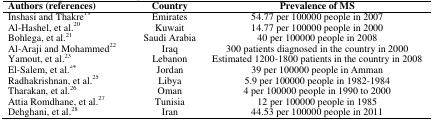
<table><thead><tr><td><b>Authors(references)</b></td><td><b>Country</b></td><td><b>Prevalence of MS</b></td></tr></thead><tbody><tr><td>Inshasi and Thakre<sup>19</sup></td><td>Emirates</td><td>54.77 per 100000 people in 2007</td></tr><tr><td>Al-Hashel, et al.<sup>20</sup></td><td>Kuwait</td><td>14.77 per 100000 people in 2000</td></tr><tr><td>Bohlega, et al.<sup>21</sup></td><td>Saudi Arabia</td><td>40 per 100000 people in 2008</td></tr><tr><td>Al-Araji and Mohammed<sup>22</sup></td><td>Iraq</td><td>300 patients diagnosed in the country in 2000</td></tr><tr><td>Yamout, et al.<sup>23</sup></td><td>Lebanon</td><td>Estimated 1200-1800 patients in the country in 2008</td></tr><tr><td>El-Salem, et al.<sup>24</sup></td><td>Jordan</td><td>39 per 100000 people in Amman</td></tr><tr><td>Radhakrishnan, et al.<sup>25</sup></td><td>Libya</td><td>5.9 per 100000 people in 1982-1984</td></tr><tr><td>Tharakan, et al.<sup>26</sup></td><td>Oman</td><td>4 per 100000 people in 1990 to 2000</td></tr><tr><td>Attia Romdhane, et al.<sup>27</sup></td><td>Tunisia</td><td>12 per 100000 people in 1985</td></tr><tr><td>Dehghani, et al.<sup>28</sup></td><td>Iran</td><td>44.53 per 100000 people in 2011</td></tr></tbody></table>